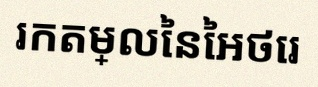
រកតម្លៃនៃអថេរ